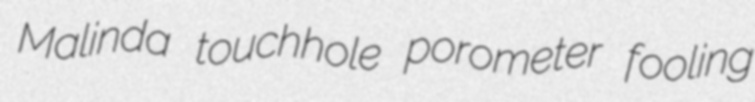
Malinda touchhole porometer fooling